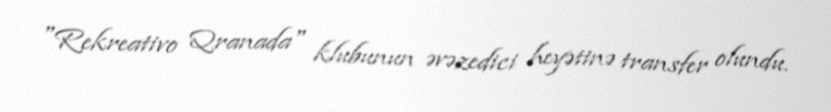
"Rekreativo Qranada" klubunun əvəzedici heyətinə transfer olundu.